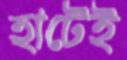
হাটেই